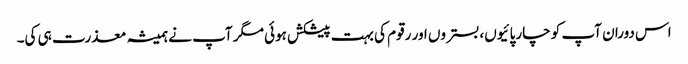
اس دوران آپ کو چارپائیوں، بستروں اور رقوم کی بہت پیشکش ہوئی مگر آپ نے ہمیشہ معذرت ہی کی۔